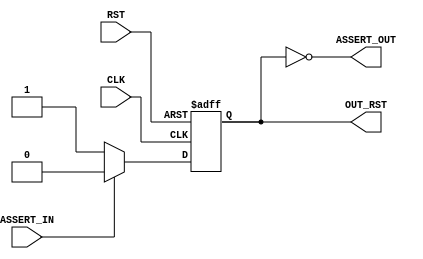

`ifdef BSV_ASSIGNMENT_DELAY
`else
  `define BSV_ASSIGNMENT_DELAY
`endif

`ifdef BSV_POSITIVE_RESET
  `define BSV_RESET_VALUE 1'b1
  `define BSV_RESET_EDGE posedge
`else
  `define BSV_RESET_VALUE 1'b0
  `define BSV_RESET_EDGE negedge
`endif



module MakeReset0 (
		  CLK,
		  RST,
                  ASSERT_IN,
		  ASSERT_OUT,

                  OUT_RST
                  );

   parameter          init = 1 ;

   input              CLK ;
   input              RST ;
   input              ASSERT_IN ;
   output             ASSERT_OUT ;

   output             OUT_RST ;

   reg                rst ;

   assign ASSERT_OUT =  rst == `BSV_RESET_VALUE ;

   assign OUT_RST = rst ;

   always@(posedge CLK or `BSV_RESET_EDGE RST) begin
      if (RST == `BSV_RESET_VALUE)
        rst <= `BSV_ASSIGNMENT_DELAY init ? ~ `BSV_RESET_VALUE : `BSV_RESET_VALUE;
      else
        begin
           if (ASSERT_IN)
             rst <= `BSV_ASSIGNMENT_DELAY `BSV_RESET_VALUE;
           else // if (rst == 1'b0)
             rst <= `BSV_ASSIGNMENT_DELAY ~ `BSV_RESET_VALUE;
        end // else: !if(RST == `BSV_RESET_VALUE)
   end // always@ (posedge CLK or `BSV_RESET_EDGE RST)


`ifdef BSV_NO_INITIAL_BLOCKS
`else // not BSV_NO_INITIAL_BLOCKS
   // synopsys translate_off
   initial begin
      #0 ;
      rst = ~ `BSV_RESET_VALUE ;
   end
   // synopsys translate_on
`endif // BSV_NO_INITIAL_BLOCKS

endmodule // MakeReset0